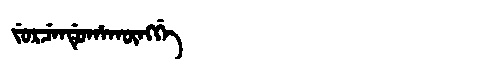
Manchu: ᠵᡠᡵᠴᡝᠨᡩᡠᡥᠠᡴᡡᠩᡤᡝ
Romanization: JURCENDUHAKŪNGGE